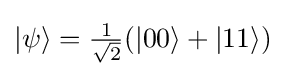
{\textstyle |\psi \rangle ={\frac {1}{\sqrt {2}}}(|00\rangle +|11\rangle )}